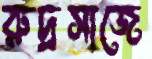
রুদ্রসাজে